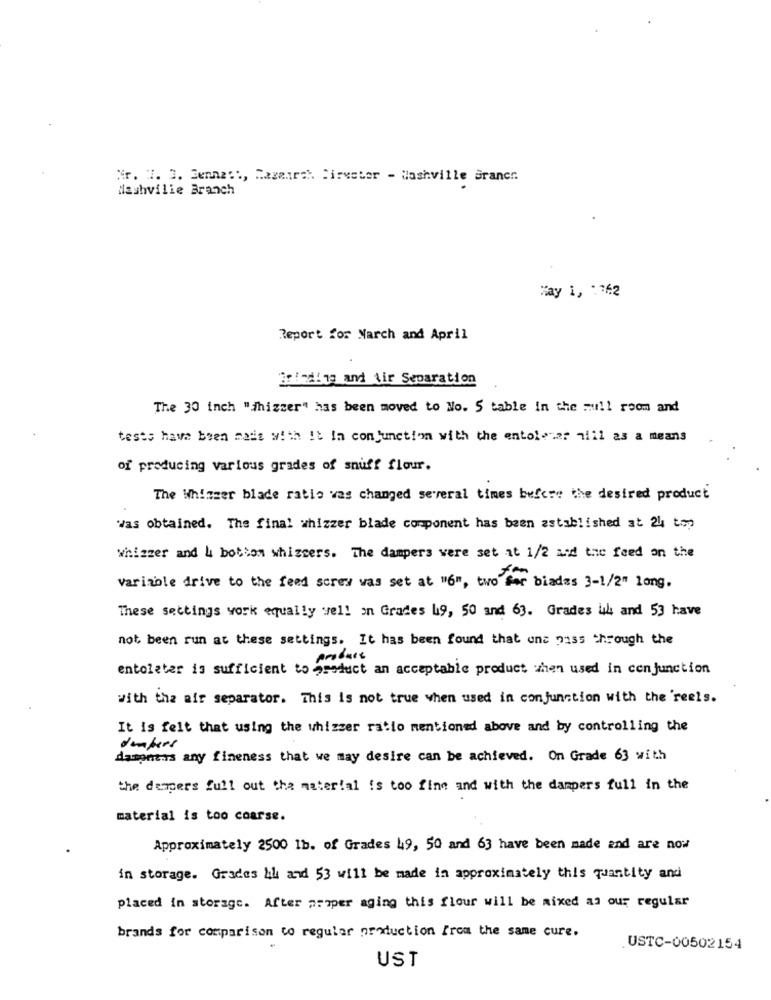
Nr. 7. 3. Bennett, Razenroh Sirester - Nashville Branch.
Nashville Branch
May 1, 762
Report for March and April
2015di13 and Air Separation
The 30 inch "fhizzer" has been moved to No. 5 table in the mull room and
tests have been made with It In conjunction with the entoleser niil as a means
of producing various grades of snuff flour.
The Whinzer blade ratio was changed several times before the desired product
Was obtained. The final whizzer blade component has been established at 24 top
whizzer and 4 botton whizcers. The dampers were set at 1/2 and the feed on the
variable drive to the feed screw was set at "6", two for biadas 3-1/2" long.
These settings york equally vell on Grades 19, 50 and 63. Grades u4 and 53 have
not been run at these settings. It has been found that une pass through the
product
entolater is sufficient to product an acceptable product when used in conjunction
with the air separator. This is not true when used in conjunction with the 'reels.
It is felt that using the whizzer ratio mentioned above and by controlling the
dempers
dampness any fineness that we may desire can be achieved. On Grade 63 with
the dempers full out the material is too fine and with the dampers full in the
material is too coarse.
Approximately 2500 1b. of Grades 49, 50 and 63 have been made and are now
in storage. Grades &h and 53 will be made in approximately this quantity and
placed in storage. After proper aging this flour will be mixed as our regular
brands for comparison to regular production from the same cure.
USTC-00502154
UST